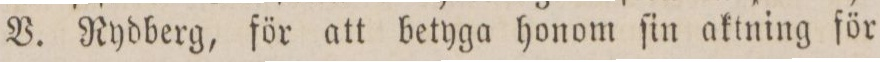
V. Nydberg, för att betyga honom ſin aktning för